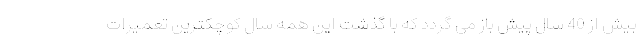
بیش از 40 سال پیش باز می گردد که با گذشت این همه سال کوچکترین تعمیرات